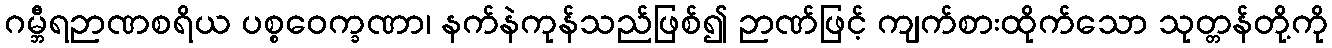
ဂမ္ဘီရဉာဏစရိယ ပစ္စဝေက္ခဏာ၊ နက်နဲကုန်သည်ဖြစ်၍ ဉာဏ်ဖြင့် ကျက်စားထိုက်သော သုတ္တန်တို့ကို